Treatise on elephants
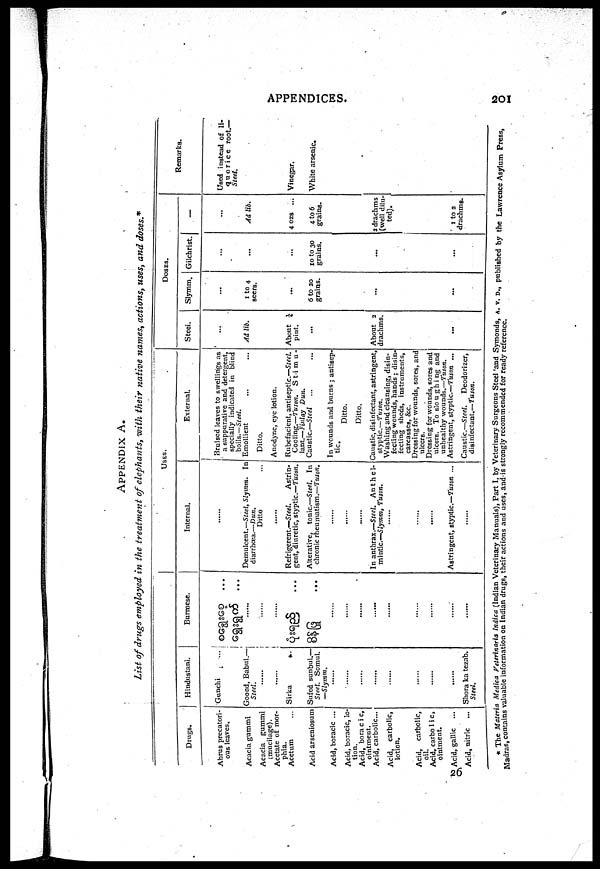
APPENDICES.
20I
APPENDIX
A.
List of drugs employed in the treatment of elephants, with their native names, actions, uses, and doses.*
Drugs.
Abrus precatori-
ous leaves.
Acacia gummi
Acacia gummi
(mucilage).
Acetate of mor-
phia.
Acetum
Acid arseniosum
Acid, boracic ...
Acid, boracic, Io-
tion.
Acid, boracic,
ointment.
Acid, carbolic,
lotion.
Acid, carbolic,
oil.
Acid, carbolic,
ointment.
26 Acid, gallic ...
Acid, nitric ...
Hindustani.
Gunchi : ...
Goond, Babul.—
Steel.
Sirka
Sufed sunbul.—
Steel. Somul.
—Slymm.
......
......
......
......
......
......
......
Shora ka tezab.
Steel.
Burmese.
...
......
...
...
......
......
......
......
......
......
......
......
......
USES.
Internal.
Demulcent.—Steel, Slymm.
In
diarrhœa.—Dun.
Ditto
.......
Refrigerent.—Steel.
Astrin-
gent, diuretic, styptic.—Tuson.
Alterative, tonic.—Steel. In
chronic rheumatism.—Tuson.
......
......
......
In anthrax.—Steel. Anthel-
mintic—Slymm, Tuson.
.......
.......
.......
Astringent, styptic.—Tuson ...
.......
External.
Bruised leaves to swellings as
a suppurative and detergent,
specially indicated in blind
boils.—Steel.
Emollient
Ditto.
Anodyne, eye lotion.
Rubefacient, antiseptic.—Steel.
Cooling.—Tuson.
Stimu-
lant.—Finlay Dun.
Caustic.—Steel
In wounds and burns ; antisep-
tic.
Ditto.
Ditto
Caustic, disinfectant, astringent,
styptic.—Tuson.
Washing and cleansing, disin-
fecting wounds, hands ; disin-
fecting sheds, instruments,
carcasses, &c.
Dressing for wounds, sores, and
ulcers.
Dressing for wounds, sores and
ulcers. To sloughing and
unhealthy wounds.—Tuson.
Astringent, styptic.—Tuson ...
Caustic.—Steel. Deodorizer,
disinfectant.—Tuson.
DOSES.
Steel.
...
Ad lib.
About ¼
pint.
...
About 2
drachms.
...
Slymm.
1 to 4
seers.
...
6 to 20
grains.
Gilchrist.
10 to 30
grains.
-
Ad lib.
4 0Z8 ...
4 to 6
grains.
2 drachms
(well dilu-
ted).
1 to 2
drachms.
Remarks.
Used instead of li-
quorice root.—
Steel.
Vinegar.
White arsenic.
* The Materia Medica Veterinaria Indica (Indian Veterinary Manuals), Part I, by Veterinary Surgeons Steel and Symonds, A. V. D., published by the Lawrence Asylum Press
Madras contains valuable information on Indian drugs, their actions and uses, and is strongly recommended for ready reference.
26